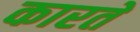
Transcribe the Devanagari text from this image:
कारतें